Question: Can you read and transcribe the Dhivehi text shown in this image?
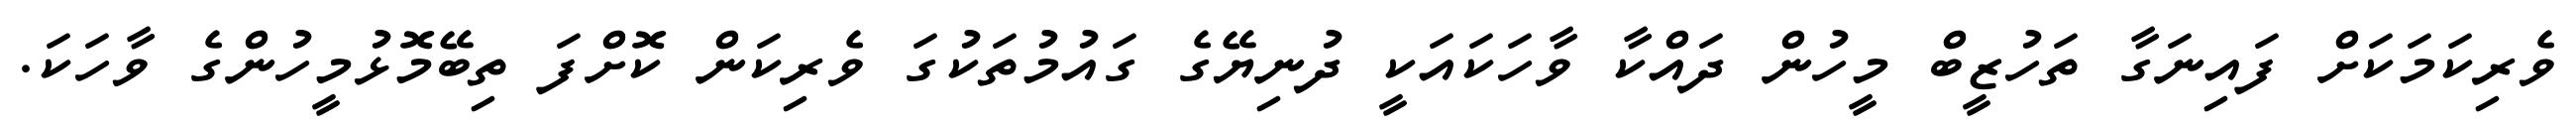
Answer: ވެރިކަމަކަށް ފައިނަގާ ތަހުޒީބް މީހުން ދައްކާ ވާހަކައަކީ ދުނިޔޭގެ ގައުމުތަކުގަ ވެރިކަން ކޮށްފަ ތިބޭމޮޅުމީހުންގެ ވާހަކަ.